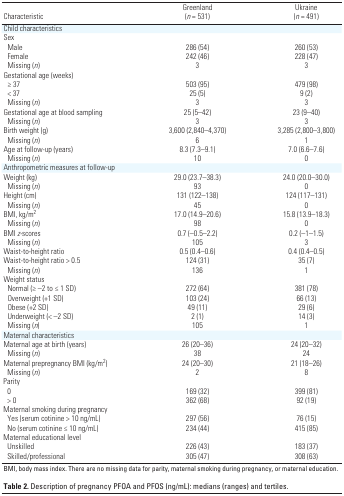
<table><thead><tr><td><b>Characteristic</b></td><td><b>Greenland (<i>n </i>= 531) </b></td><td><b>Ukraine (<i>n </i>= 491) </b></td></tr></thead><tbody><tr><td><b>Child characteristics</b></td></tr><tr><td><b>Sex</b></td></tr><tr><td><b>Male</b></td><td>286 (54)</td><td>260 (53)</td></tr><tr><td><b>Female</b></td><td>242 (46)</td><td>228 (47)</td></tr><tr><td><b>Missing (<i>n</i>)</b></td><td>3</td><td>3</td></tr><tr><td><b>Gestational age (weeks)</b></td></tr><tr><td><b>≥ 37</b></td><td>503 (95)</td><td>479 (98)</td></tr><tr><td><b>&lt; 37</b></td><td>25 (5)</td><td>9 (2)</td></tr><tr><td><b>Missing (<i>n</i>)</b></td><td>3</td><td>3</td></tr><tr><td><b>Gestational age at blood sampling</b></td><td>25 (5–42)</td><td>23 (9–40)</td></tr><tr><td><b>Missing (<i>n</i>)</b></td><td>3</td><td>3</td></tr><tr><td><b>Birth weight (g) </b></td><td>3,600 (2,840–4,370)</td><td>3,285 (2,800–3,800)</td></tr><tr><td><b>Missing (<i>n</i>)</b></td><td>6</td><td>1</td></tr><tr><td><b>Age at follow-up (years)</b></td><td>8.3 (7.3–9.1)</td><td>7.0 (6.6–7.6)</td></tr><tr><td><b>Missing (<i>n</i>)</b></td><td>10</td><td>0</td></tr><tr><td><b>Anthropometric measures at follow-up</b></td></tr><tr><td><b>Weight (kg)</b></td><td>29.0 (23.7–38.3)</td><td>24.0 (20.0–30.0)</td></tr><tr><td><b>Missing (<i>n</i>)</b></td><td>93</td><td>0</td></tr><tr><td><b>Height (cm) </b></td><td>131 (122–138)</td><td>124 (117–131)</td></tr><tr><td><b>Missing (<i>n</i>)</b></td><td>45</td><td>0</td></tr><tr><td><b>BMI, kg/m<sup>2</sup></b></td><td>17.0 (14.9–20.6)</td><td>15.8 (13.9–18.3)</td></tr><tr><td><b>Missing (<i>n</i>)</b></td><td>98</td><td>0</td></tr><tr><td><b>BMI <i>z-</i>scores</b></td><td>0.7 (–0.5–2.2)</td><td>0.2 (–1–1.5)</td></tr><tr><td><b>Missing (<i>n</i>)</b></td><td>105</td><td>3</td></tr><tr><td><b>Waist-to-height ratio</b></td><td>0.5 (0.4–0.6)</td><td>0.4 (0.4–0.5)</td></tr><tr><td><b>Waist-to-height ratio &gt; 0.5</b></td><td>124 (31)</td><td>35 (7)</td></tr><tr><td><b>Missing (<i>n</i>)</b></td><td>136</td><td>1</td></tr><tr><td><b>Weight status</b></td></tr><tr><td><b>Normal (≥ –2 to ≤ 1 SD)</b></td><td>272 (64)</td><td>381 (78)</td></tr><tr><td><b>Overweight (+1 SD)</b></td><td>103 (24) </td><td>66 (13)</td></tr><tr><td><b>Obese (+2 SD)</b></td><td>49 (11)</td><td>29 (6)</td></tr><tr><td><b>Underweight (&lt; –2 SD)</b></td><td>2 (1)</td><td>14 (3)</td></tr><tr><td><b>Missing (<i>n</i>)</b></td><td>105 </td><td>1</td></tr><tr><td><b>Maternal characteristics</b></td></tr><tr><td><b>Maternal age at birth (years) </b></td><td>26 (20–36)</td><td>24 (20–32)</td></tr><tr><td><b>Missing (<i>n</i>)</b></td><td>38</td><td>24</td></tr><tr><td><b>Maternal prepregnancy BMI (kg/m<sup>2</sup>) </b></td><td>24 (20–30)</td><td>21 (18–26)</td></tr><tr><td><b>Missing (<i>n</i>)</b></td><td>2</td><td>8</td></tr><tr><td><b>Parity</b></td></tr><tr><td><b>0</b></td><td>169 (32)</td><td>399 (81)</td></tr><tr><td><b>&gt; 0 </b></td><td>362 (68)</td><td>92 (19)</td></tr><tr><td><b>Maternal smoking during pregnancy</b></td></tr><tr><td><b>Yes (serum cotinine &gt; 10 ng/mL)</b></td><td>297 (56)</td><td>76 (15)</td></tr><tr><td><b>No (serum cotinine ≤ 10 ng/mL)</b></td><td>234 (44)</td><td>415 (85)</td></tr><tr><td><b>Maternal educational level</b></td></tr><tr><td><b>Unskilled</b></td><td>226 (43)</td><td>183 (37)</td></tr><tr><td><b>Skilled/professional</b></td><td>305 (47)</td><td>308 (63)</td></tr><tr><td colspan="3">BMI, body mass index. There are no missing data for parity, maternal smoking during pregnancy, or maternal education.</td></tr></tbody></table>